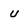
Character: u